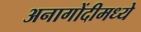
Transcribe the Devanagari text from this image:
अनागोंदीमध्ये